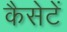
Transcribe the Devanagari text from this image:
कैसेटें